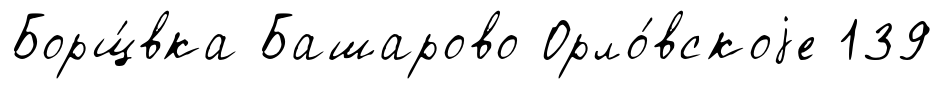
Борщ́вка Башарово Орло́вскоjе 139